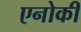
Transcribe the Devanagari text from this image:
एनोकी